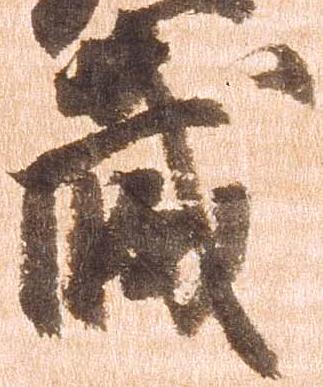
蔵